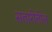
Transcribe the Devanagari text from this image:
सतारीतील